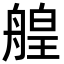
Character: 艎